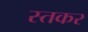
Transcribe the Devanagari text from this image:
स्तकर